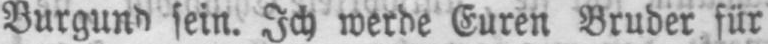
sein. Ich werde Euren Bruder für